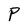
Character: P